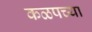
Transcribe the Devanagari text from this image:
कळपच्या